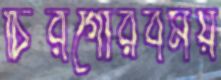
চিরগৌরবময়